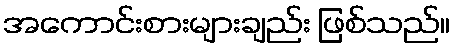
အကောင်းစားများချည်း ဖြစ်သည်။